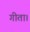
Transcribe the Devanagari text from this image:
गीता।